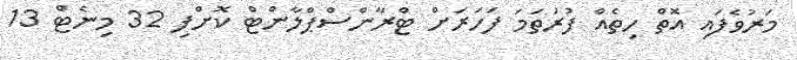
މަރުވެފައި އޮތް ހިތެއް ފުރަތަމަ ފަހަރަށް ޓްރާންސްޕްލާންޓް ކޮށްފި 32 މިނެޓް 13